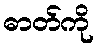
ဓာတ်ကို